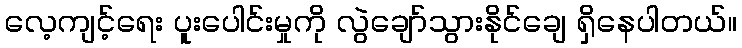
လေ့ကျင့်ရေး ပူးပေါင်းမှုကို လွဲချော်သွားနိုင်ချေ ရှိနေပါတယ်။